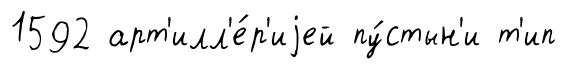
1592 арт'илл'е́р'иjей пу́стын'и т'ип